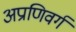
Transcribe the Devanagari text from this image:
अप्राणिवर्ग